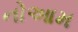
નોઆમ